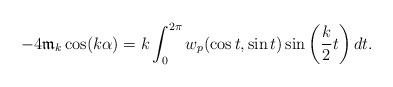
LaTeX: \begin{align*}-4{\mathfrak m}_k\cos(k\alpha)=k\int_0^{2\pi}w_p(\cos t,\sin t)\sin\bigg(\frac k2t\bigg)\,dt.\end{align*}